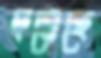
দমেছে